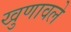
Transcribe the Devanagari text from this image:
खुणावले